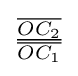
{\textstyle {\frac {\overline {OC_{2}}}{\overline {OC_{1}}}}}